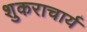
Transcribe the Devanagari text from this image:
शुकराचार्य